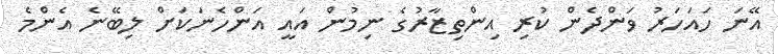
އޭނަ ހައަހަރު ވަންދެން ކުރި އިންތިޒާރުގެ ނިމުން އައީ އަންހެނަކަށް ލިބޭނެ އެންމެ